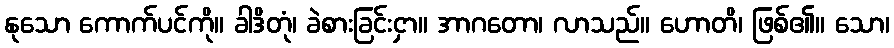
နုသော ကောက်ပင်ကို။ ခါဒိတုံ၊ ခဲစားခြင်းငှာ။ အာဂတော၊ လာသည်။ ဟောတိ၊ ဖြစ်၏။ သော၊